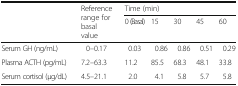
<table><thead><tr><td rowspan="2"></td><td rowspan="2"><b>Reference range for basal value</b></td><td colspan="5"><b>Time (min)</b></td></tr><tr><td><b>0 (Basal)</b></td><td><b>15</b></td><td><b>30</b></td><td><b>45</b></td><td><b>60</b></td></tr></thead><tbody><tr><td>Serum GH (ng/mL)</td><td>0–0.17</td><td>0.03</td><td>0.86</td><td>0.86</td><td>0.51</td><td>0.29</td></tr><tr><td>Plasma ACTH (pg/mL)</td><td>7.2–63.3</td><td>11.2</td><td>85.5</td><td>68.3</td><td>48.1</td><td>33.8</td></tr><tr><td>Serum cortisol (μg/dL)</td><td>4.5–21.1</td><td>2.0</td><td>4.1</td><td>5.8</td><td>5.7</td><td>5.8</td></tr></tbody></table>